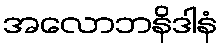
အလောဘနိဒါနံ